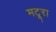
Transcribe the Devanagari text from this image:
मटूरा